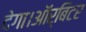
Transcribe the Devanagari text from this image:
देगा।ऑर्बिटर